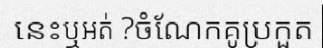
នេះឬអត់ ?ចំណែកគូប្រកួត